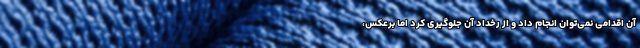
آن اقدامی نمی‌توان انجام داد و از رخداد آن جلوگیری کرد اما برعکس،